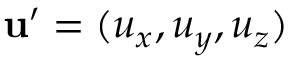
\mathbf { u ^ { \prime } } = ( u _ { x } , u _ { y } , u _ { z } )